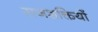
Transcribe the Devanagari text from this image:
राजशक्तियों